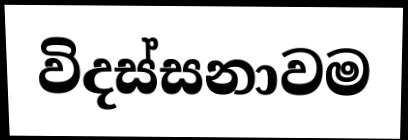
විදස්සනාවම